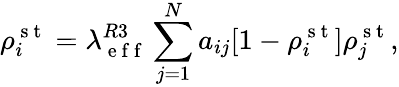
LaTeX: \rho_{i}^{\mathrm{~s~t~}}=\lambda_{\mathrm{~e~f~f~}}^{R3}\sum_{j=1}^{N}a_{ij}[1-\rho_{i}^{\mathrm{~s~t~}}]\rho_{j}^{\mathrm{~s~t~}},